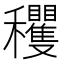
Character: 𥤘